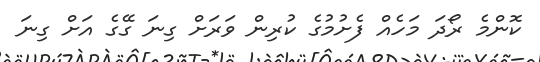
ކޮންމެ ރޯދަ މަހެއް ފެށުމުގެ ކުރިން ވަރަށް ގިނަ ގޭގެ އަށް ގިނަ